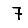
Digit: 7